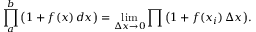
\prod _ { a } ^ { b } { \big ( } 1 + f ( x ) \, d x { \big ) } = \operatorname* { l i m } _ { \Delta x \to 0 } \prod { \big ( } 1 + f ( x _ { i } ) \, \Delta x { \big ) } .